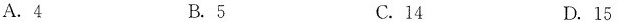
A.4 B.5 C.14 D.15